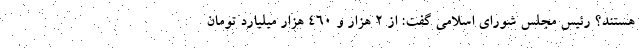
هستند؟ رئیس مجلس شورای اسلامی گفت: از ۲ هزار و ۴۶۰ هزار میلیارد تومان